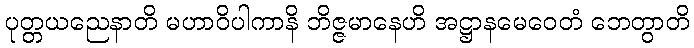
ပုတ္တယညေနာတိ မဟာဝိပါကာနိ ဘိဇ္ဇမာနေဟိ အဋ္ဌာနမေဝေတံ ဘေတွာတိ